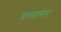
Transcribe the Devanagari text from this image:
इलाहाबान